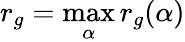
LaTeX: r_{g}=\operatorname*{max}_{\alpha}{r_{g}(\alpha)}